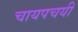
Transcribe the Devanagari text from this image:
चायपचयी